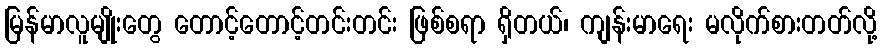
မြန်မာလူမျိုးတွေ တောင့်တောင့်တင်းတင်း ဖြစ်စရာ ရှိတယ်၊ ကျန်းမာရေး မလိုက်စားတတ်လို့